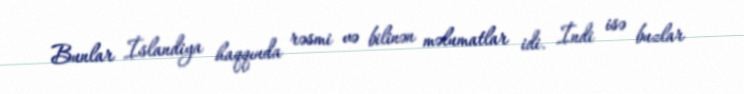
Bunlar İslandiya haqqında rəsmi və bilinən məlumatlar idi. İndi isə buzlar